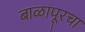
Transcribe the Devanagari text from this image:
बाळापूरचा